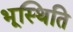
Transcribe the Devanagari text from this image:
भूस्थिति